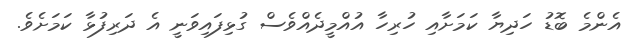
އެންމެ ބޮޑު ހަދިޔާ ކަމަށާއި ހުރިހާ އުއްމީދެއްވެސް ގުޅިފައިވަނީ އެ ދަރިފުޅާ ކަމަށެވެ.